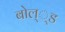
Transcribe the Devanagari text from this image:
बोल््ड